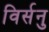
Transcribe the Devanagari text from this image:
विर्सनु